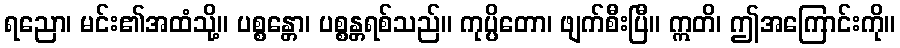
ရညော၊ မင်း၏အထံသို့။ ပစ္စန္တော၊ ပစ္စန္တရစ်သည်။ ကုပ္ပိတော၊ ဖျက်စီးပြီ။ ဣတိ၊ ဤအကြောင်းကို။